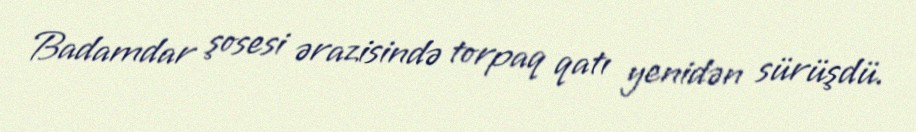
Badamdar şosesi ərazisində torpaq qatı yenidən sürüşdü.